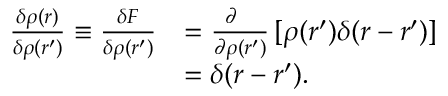
{ \begin{array} { r l } { { \frac { \delta \rho ( { \boldsymbol { r } } ) } { \delta \rho ( { \boldsymbol { r } } ^ { \prime } ) } } \equiv { \frac { \delta F } { \delta \rho ( { \boldsymbol { r } } ^ { \prime } ) } } } & { = { \frac { \partial \ \ } { \partial \rho ( { \boldsymbol { r } } ^ { \prime } ) } } \, [ \rho ( { \boldsymbol { r } } ^ { \prime } ) \delta ( { \boldsymbol { r } } - { \boldsymbol { r } } ^ { \prime } ) ] } \\ & { = \delta ( { \boldsymbol { r } } - { \boldsymbol { r } } ^ { \prime } ) . } \end{array} }